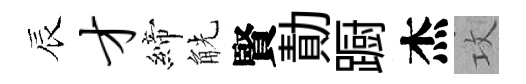
辰才締觥賢勣蹰杰攻